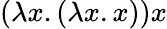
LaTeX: (\lambda x.(\lambda x.x))x